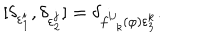
LaTeX: \lbrack \delta _ { \varepsilon _ { 1 } ^ { i } } , \delta _ { \varepsilon _ { 2 } ^ { j } } ] = \delta _ { f _ { \ \ k } ^ { i j } ( \varphi ) \varepsilon _ { 3 } ^ { k } } .